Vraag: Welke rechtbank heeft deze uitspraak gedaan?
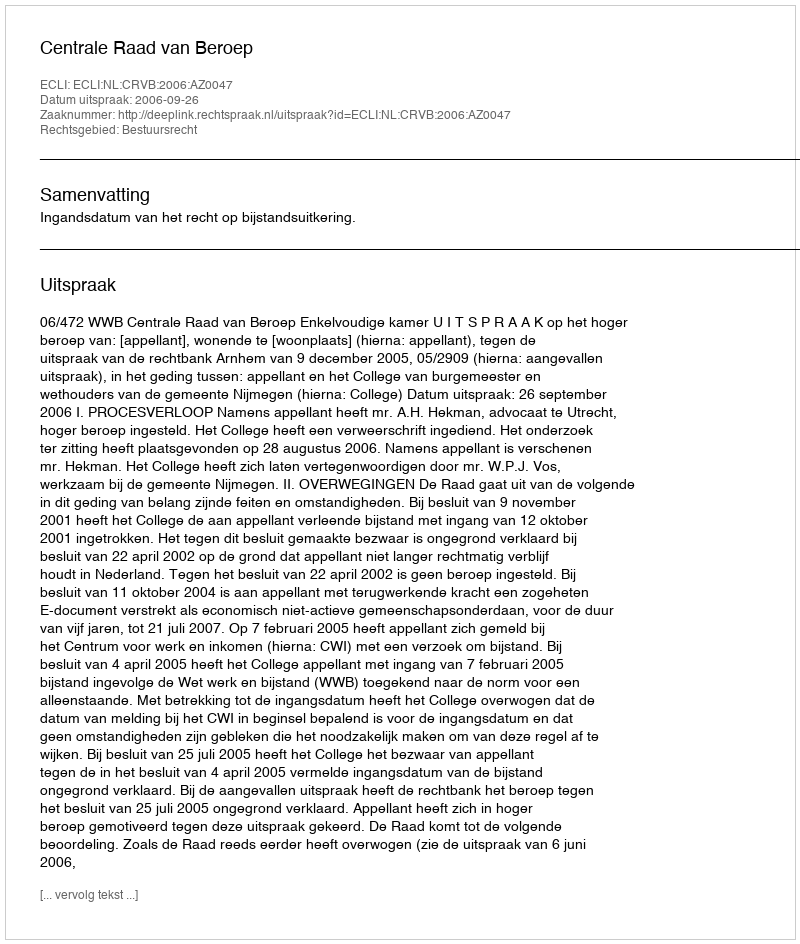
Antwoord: Centrale Raad van Beroep